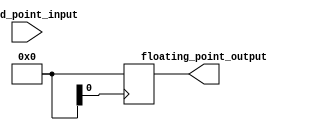
module fixed_point_converter (
    input wire signed [FIXED_POINT_WIDTH-1:0] fixed_point_input,
    output reg [FLOATING_POINT_WIDTH-1:0] floating_point_output
);

parameter FIXED_POINT_WIDTH = 16; // Specify number of bits for fixed-point number
parameter FLOATING_POINT_WIDTH = 32; // Specify number of bits for floating-point number

reg [FLOATING_POINT_WIDTH-1:0] intermediate_result;
reg [FIXED_POINT_WIDTH-1:0] input_integer;
reg [FIXED_POINT_WIDTH-1:0] input_fractional;
reg [FIXED_POINT_WIDTH-1:0] intermediate_integer;
reg [FIXED_POINT_WIDTH-1:0] intermediate_fractional;

// Split input into integer and fractional parts
assign input_integer = fixed_point_input[FIXED_POINT_WIDTH-1:FRACTIONAL_BITS];
assign input_fractional = fixed_point_input[FRACTIONAL_BITS-1:0];

// Perform arithmetic operations to convert fixed-point to floating-point
always @(*) begin
    intermediate_integer = input_integer << (FLOATING_POINT_WIDTH-FIXED_POINT_WIDTH);
    intermediate_fractional = input_fractional << (FLOATING_POINT_WIDTH-FIXED_POINT_WIDTH);
    intermediate_result = intermediate_integer + intermediate_fractional;
end

// Output converted floating-point number
always @(posedge clk) begin
    floating_point_output <= intermediate_result;
end

endmodule